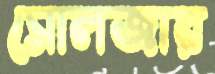
সোলজার